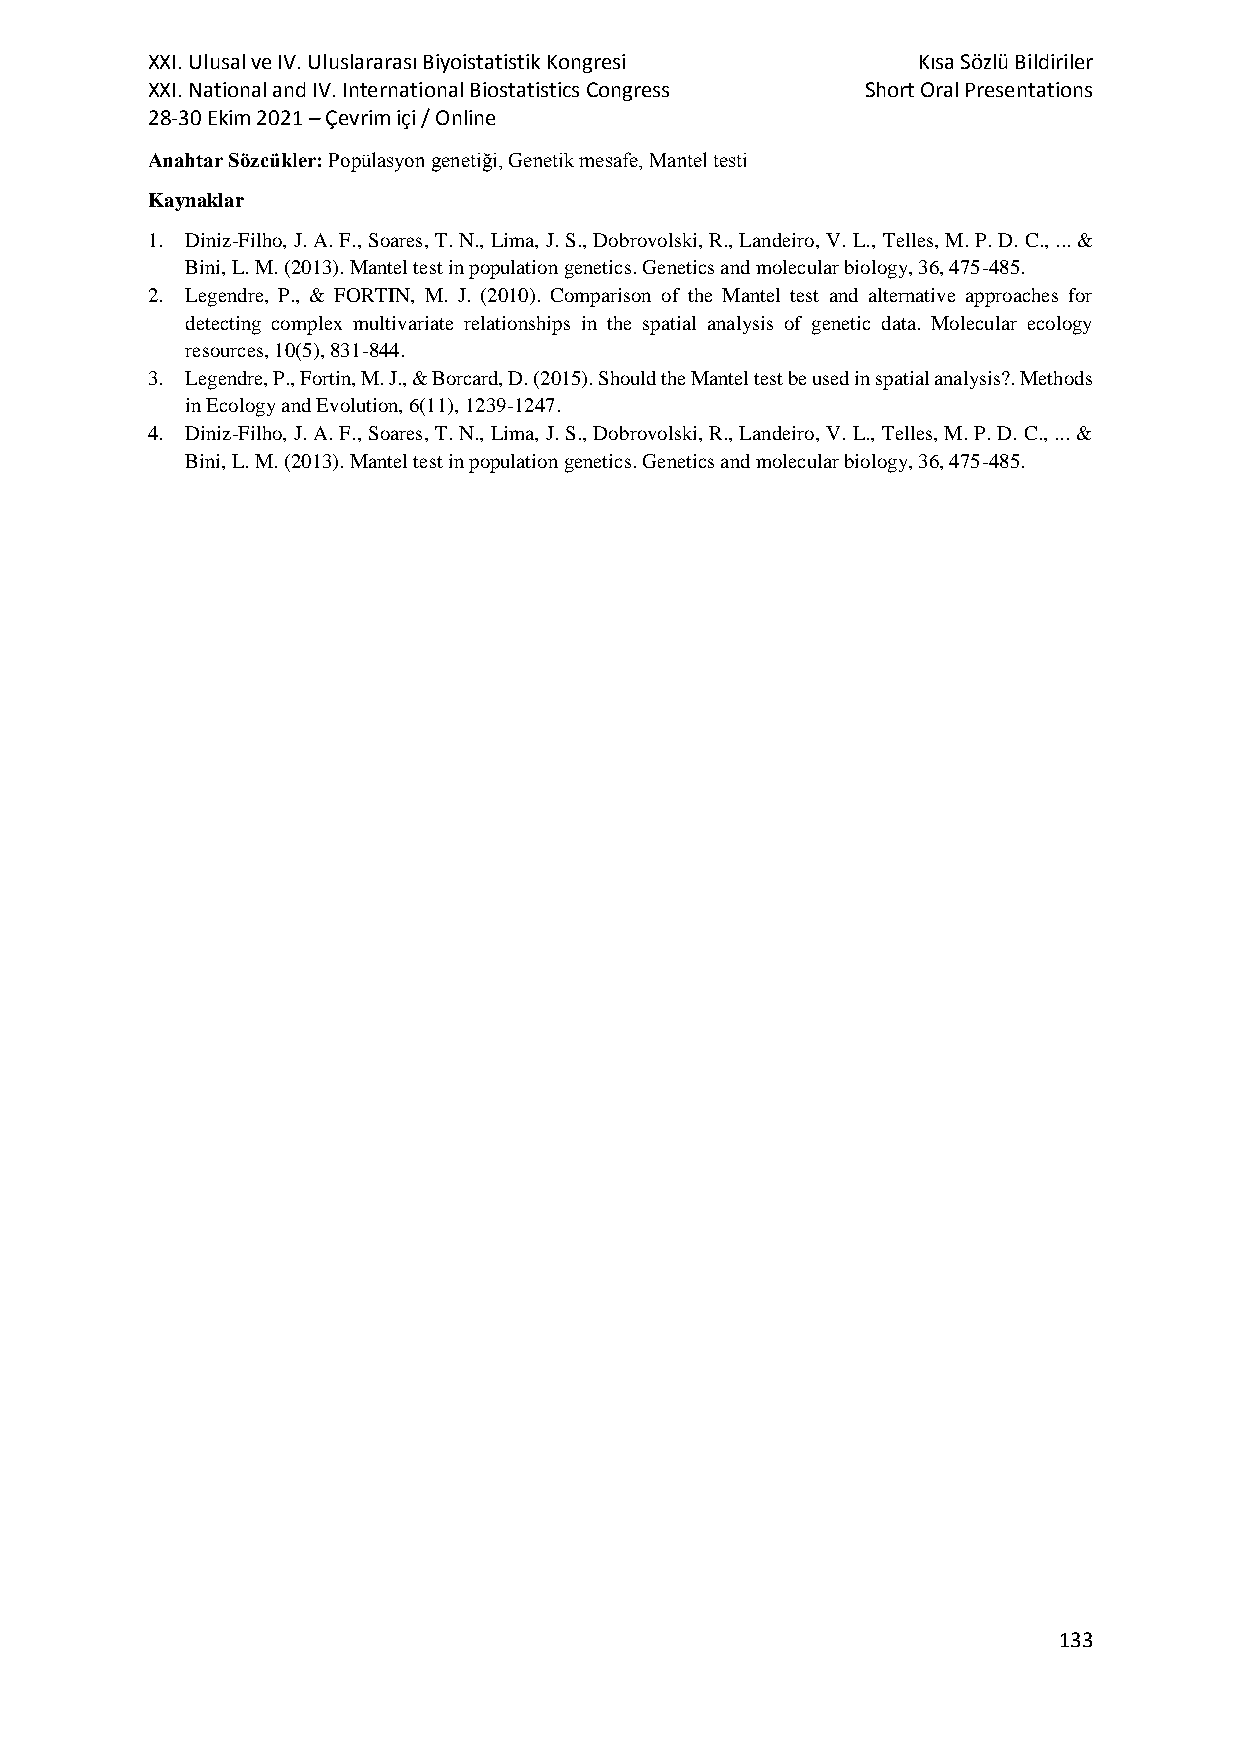
XXI. Ulusal ve IV. Uluslararası Biyoistatistik Kongresi Kısa Sözlü Bildiriler
 XXI. National and IV. International Biostatistics Congress Short Oral Presentations
 28-30 Ekim 2021 – Çevrim içi / Online
 Anahtar Sözcükler: Popülasyon genetiği, Genetik mesafe, Mantel testi
 Kaynaklar
 1. Diniz-Filho, J. A. F., Soares, T. N., Lima, J. S., Dobrovolski, R., Landeiro, V. L., Telles, M. P. D. C., ... &
 Bini, L. M. (2013). Mantel test in population genetics. Genetics and molecular biology, 36, 475-485.
 2. Legendre, P., & FORTIN, M. J. (2010). Comparison of the Mantel test and alternative approaches for
 detecting complex multivariate relationships in the spatial analysis of genetic data. Molecular ecology
 resources, 10(5), 831-844.
 3. Legendre, P., Fortin, M. J., & Borcard, D. (2015). Should the Mantel test be used in spatial analysis?. Methods
 in Ecology and Evolution, 6(11), 1239-1247.
 4. Diniz-Filho, J. A. F., Soares, T. N., Lima, J. S., Dobrovolski, R., Landeiro, V. L., Telles, M. P. D. C., ... &
 Bini, L. M. (2013). Mantel test in population genetics. Genetics and molecular biology, 36, 475-485.
 133